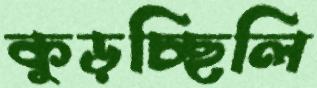
কুড়চ্ছিলি